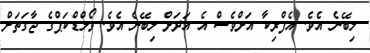
ލިބޭނެ އެވެ. އެފްރިކާ އަށްވެސް އެ އަދަށް ލިބޭނެ އެވެ. ވޯލްޑްކަޕްގެ ޖާގަތަށް